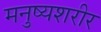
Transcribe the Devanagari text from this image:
मनुष्यशरीर